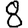
Digit: 8